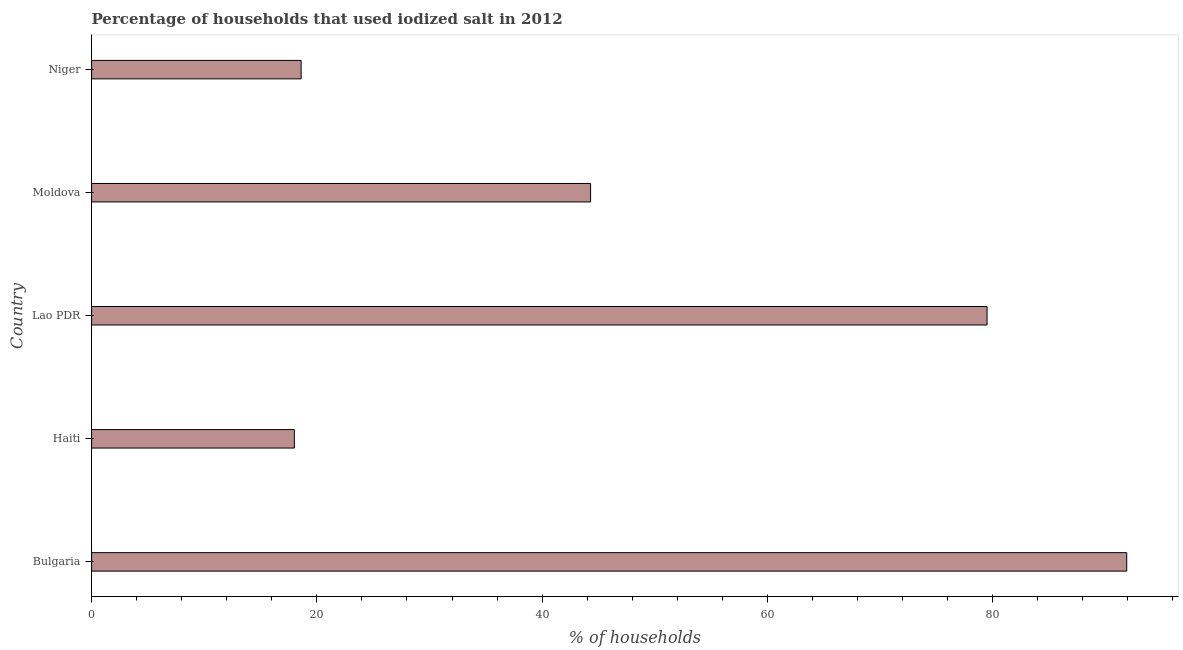
| Country | Consumption of iodized salt |
 | --- | --- |
 | Bulgaria | 91.9 |
 | Haiti | 18 |
 | Lao PDR | 79.5 |
 | Moldova | 44.3 |
 | Niger | 18.6 |